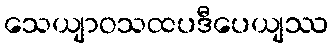
သေယျာဝသထပဒီပေယျဿ